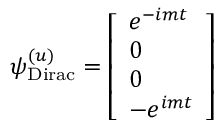
\psi _ { \mathrm { { D i r a c } } } ^ { ( u ) } = { \left[ \begin{array} { l } { e ^ { - i m t } } \\ { 0 } \\ { 0 } \\ { - e ^ { i m t } } \end{array} \right] }